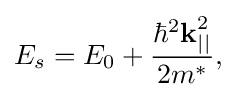
{\begin{aligned}E_{s}=E_{0}+{\frac {\hbar ^{2}{\textbf {k}}_{||}^{2}}{2m^{*}}},\end{aligned}}